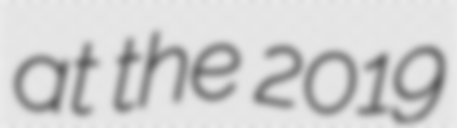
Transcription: at the 2019